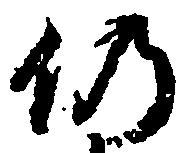
仍